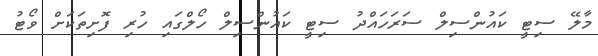
މާލޭ ސިޓީ ކައުންސިލް ސަރަހައްދު ސިޓީ ކައުންސިލް ހޯލްގައި ހުރި ފޮށިތަކަށް ވޯޓު